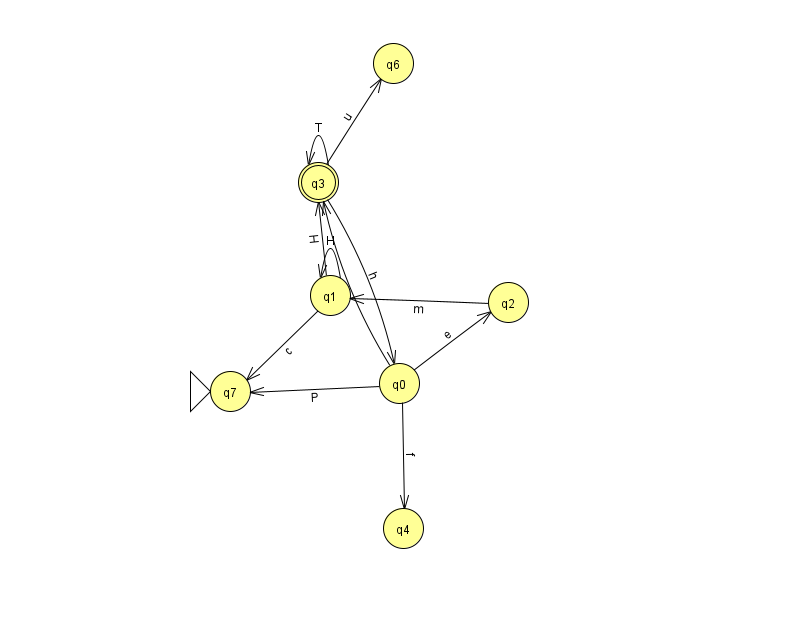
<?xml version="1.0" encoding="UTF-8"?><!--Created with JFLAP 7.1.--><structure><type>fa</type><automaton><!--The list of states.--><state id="0" name="q0"><x>399.0</x><y>370.0</y></state><state id="1" name="q1"><x>330.0</x><y>282.0</y></state><state id="2" name="q2"><x>508.0</x><y>289.0</y></state><state id="3" name="q3"><x>318.0</x><y>169.0</y><final/></state><state id="4" name="q4"><x>403.0</x><y>515.0</y></state><state id="6" name="q6"><x>393.0</x><y>50.0</y></state><state id="7" name="q7"><x>230.0</x><y>378.0</y><initial/></state><!--The list of transitions.--><transition><from>0</from><to>3</to><read>I</read></transition><transition><from>0</from><to>4</to><read>f</read></transition><transition><from>3</from><to>3</to><read>T</read></transition><transition><from>3</from><to>0</to><read>h</read></transition><transition><from>1</from><to>7</to><read>c</read></transition><transition><from>0</from><to>7</to><read>P</read></transition><transition><from>1</from><to>1</to><read>H</read></transition><transition><from>0</from><to>2</to><read>e</read></transition><transition><from>1</from><to>3</to><read>H</read></transition><transition><from>2</from><to>1</to><read>m</read></transition><transition><from>3</from><to>6</to><read>u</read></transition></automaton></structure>